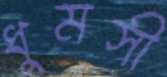
ধুমসী